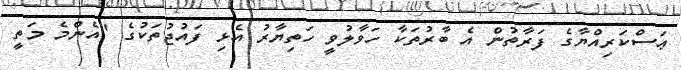
ޢަސްކަރިއްޔާގެ ފަރާތުން އެ ބާރުތަކާ ހަވާލުވީ ހަތިޔާރު އެޅި ފައުޖުތަކުގެ "އެންމެ މަތީ